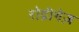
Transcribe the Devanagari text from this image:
रोद्रीगेज़